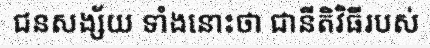
ជនសង្ស័យ ទាំងនោះថា ជានីតិវិធីរបស់